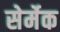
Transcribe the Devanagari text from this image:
सेर्मेक